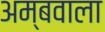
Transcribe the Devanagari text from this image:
अम्बवाला